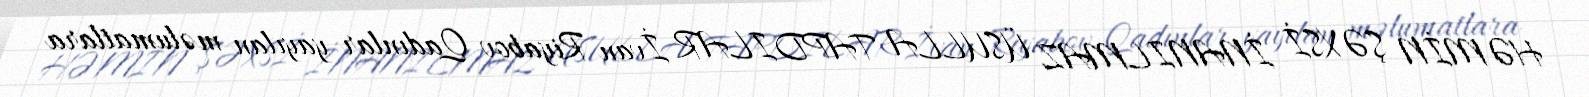
HƏMİN ŞƏXSİ İNANILMAZ ÜSULLA TAPDILAR İvan Riyabov Qadınlar yayılan məlumatlara